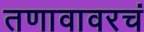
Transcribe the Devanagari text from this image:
तणावावरचं